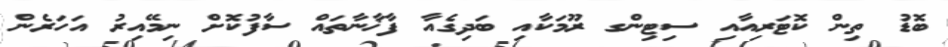
ބޮޑު ތިން ކޮޓަރިއާއި ސިޓިންގ ރޫމަކާއި ބަދިގެއާ ފާޚާނާތައް ސާފުކޮށް ނިމޭއިރު އަހަރެން